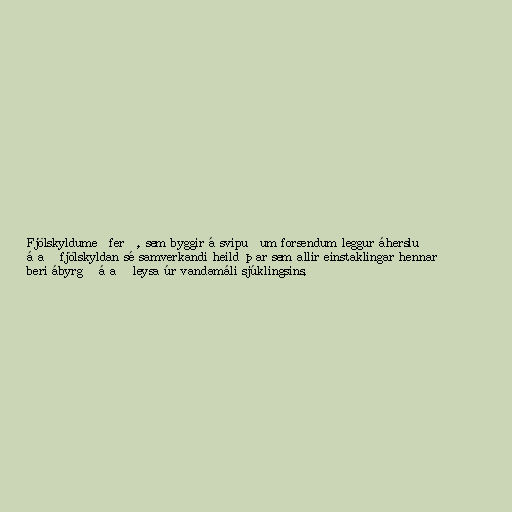
Fjölskyldumeðferð, sem byggir á svipuðum forsendum leggur áherslu
á að fjölskyldan sé samverkandi heild þar sem allir einstaklingar hennar
beri ábyrgð á að leysa úr vandamáli sjúklingsins.